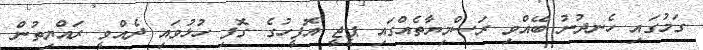
ގަމުގައި ހެނދުނު ބޭއްވި ރަސްމިޔާތެއްގައި ޕީޖީ އޮފީހުގެ ގޮފި ހުޅުވައި ދެއްވީ ރައްޔިތުން